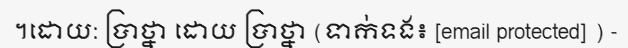
។ដោយ: ប្រាថ្នា ដោយ ប្រាថ្នា (ទាក់ទង៖ [email protected] ) -